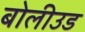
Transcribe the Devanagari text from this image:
बोलीउड